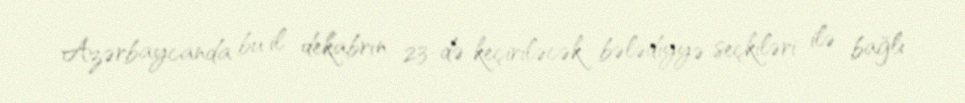
Azərbaycanda bu il dekabrın 23-də keçiriləcək bələdiyyə seçkiləri ilə bağlı